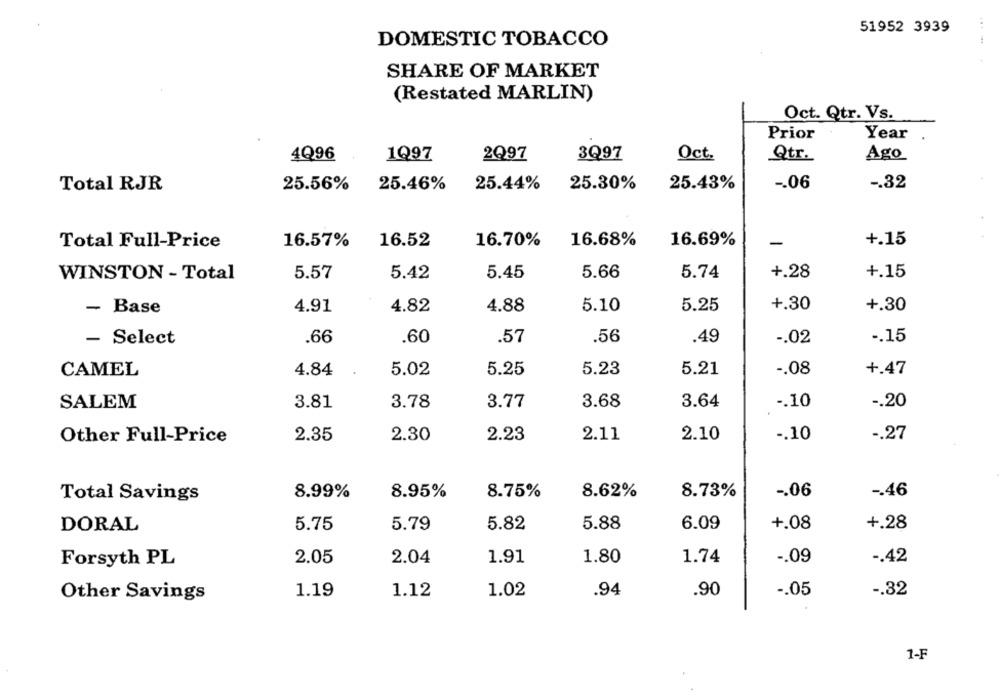
51952 3939
DOMESTIC TOBACCO
....
SHARE OF MARKET
(Restated MARLIN)
Oct. Qtr. Vs.
Prior
Year
4Q96
1Q97
2Q97
3Q97
Oct.
Qtr.
Ago
Total RJR
25.56%
25.46%
25.44%
25.30%
25.43%
-. 06
-. 32
Total Full-Price
16.57%
16.52
16.70%
16.68%
16.69%
-
+.15
WINSTON - Total
5.57
5.42
5.45
5.66
5.74
+.28
+.15
+.30
- Base
4.91
4.82
4.88
5.10
5.25
+.30
- Select
.66
.60
.57
.56
.49
-. 02
-. 15
5.21
CAMEL
4.84
5.02
5.25
5.23
-. 08
+.47
SALEM
3.81
3.78
3.77
3.68
3.64
-. 10
-. 20
Other Full-Price
2.35
2.30
2.23
2.11
2.10
-. 10
-. 27
8.99%
8.95%
8.75%
8.62%
8.73%
-. 06
-. 46
Total Savings
DORAL
5.75
5.79
5.82
5.88
6.09
+.08
+.28
1.80
1.74
-. 09
-. 42
Forsyth PL
2.05
2.04
1.91
1.19
1.12
1.02
.94
.90
-. 05
-. 32
Other Savings
1-F